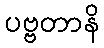
ပဗ္ဗတာနိ